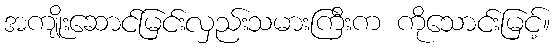
အကျိုးဆောင်မြင်းလှည်းသမားကြီးက ကိုသောင်းမြင့်။